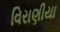
વિરાણીયા